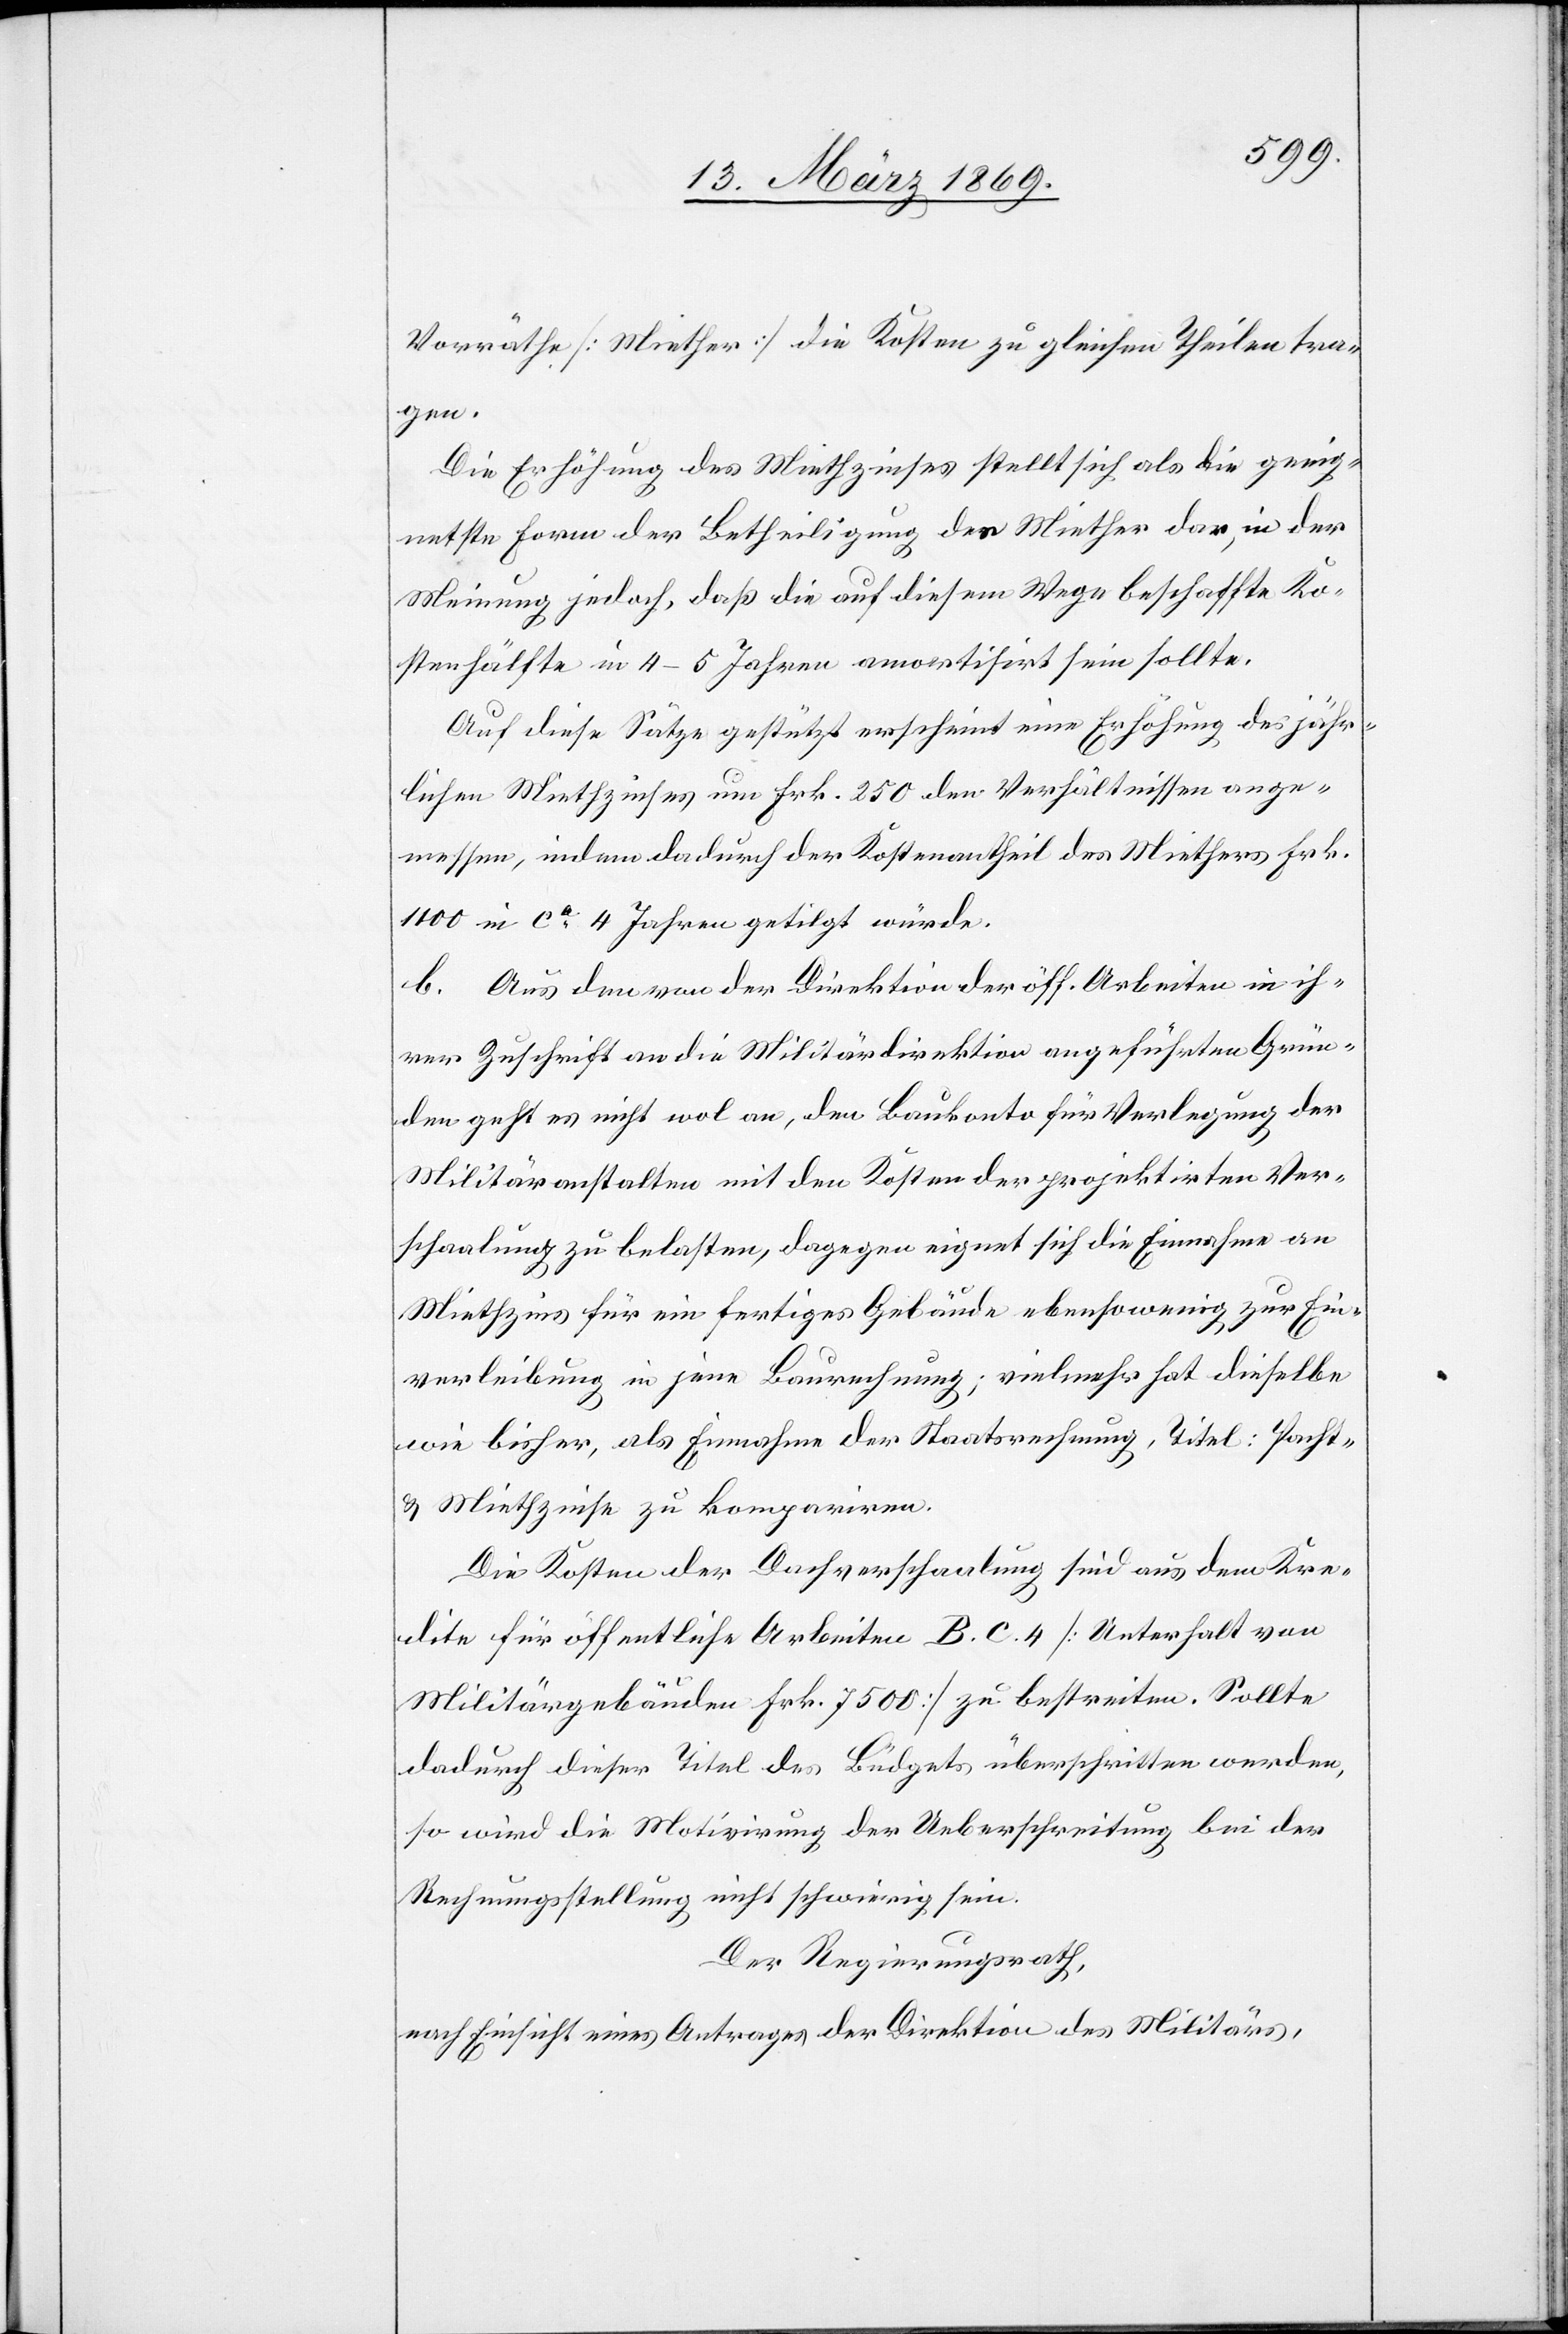
Vorräthe [Miethzins] die Kosten zu gleichen Theilen tra¬
gen.
Die Erhöhung des Miethzinses stellt sich als die geeig¬
netste Form der Betheiligung der Miether dar, in der
Meinung, jedoch, daß die auf diesem Wege beschaffte Ko¬
stenhälfte in 4–5 Jahren amortisirt sein sollte.
Auf diese Sätze gestützt erscheint eine Erhöhung des jähr¬
lichen Miethzinses um Frk. 250 den Verhältnissen ange¬
messen, indem dadurch der Kostenantheil des Miethers Frk.
1400 in ca 4 Jahren getilgt würde.
b. Aus den von der Direktion der öff. Arbeiten in ih¬
rer Zuschrift an die Militärdirektion angeführten Grün¬
den geht es nicht wol an, den Baukonto für Verlegung der
Militäranstalten mit den Kosten der projektirten Ver¬
schaalung zu belasten, dagegen eignet sich die Einnahme an
Miethzins für ein fertiges Gebäude ebensowenig zur Ein¬
verleibung in jene Baurechnung; vielmehr hat dieselbe
wie bisher, als Einnahme der Staatsrechnung, Titel: Pacht-
& Miethzinse zu kompariren.
Die Kosten der Dachverschaalung sind aus dem Kre¬
dite für öffentliche Arbeiten B. C. 4 [Unterhalt von
Militärgebäuden Frk. 7500] zu bestreiten. Sollte
dadurch dieser Titel des Büdgets überschritten werden,
so wird die Motivirung der Ueberschreitung bei der
Rechnungsstellung nicht schwierig sein.
Der Regierungsrath,
nach Einsicht eines Antrages der Direktion des Militärs,